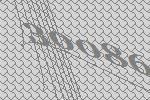
30086